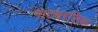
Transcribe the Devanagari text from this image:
नाट्यरसिक